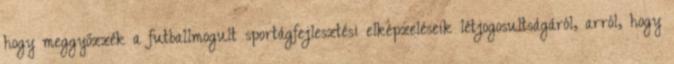
hogy meggyőzzék a futballmogult sportágfejlesztési elképzeléseik létjogosultságáról, arról, hogy